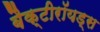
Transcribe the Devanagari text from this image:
बैक्टीरॉयड्स